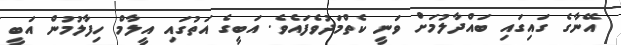
އޭނާގެ ގައިގައި ބައްދާލުމަށް ވަނީ ކެތްމަދުވެފައެވެ. އަބީގެ އަތުގައި އީލާމް ހިފާލުމުން އަބީ